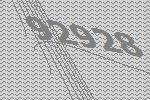
92928